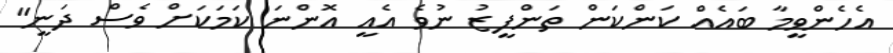
އެހެންވީމާ ބައެއް ކަންކަން ތަންފީޒު ނުވެ އެއީ އޮންނަ ކަމަކަށް ވެސް ދަނީ"